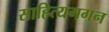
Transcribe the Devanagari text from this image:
साहित्यगगन